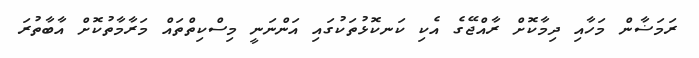
ރަމަޟާން މަހާއި ދިމާކޮށް ރާއްޖޭގެ އެކި ކަނކޮޅުތަކުގައި އަންނަނީ މިސްކިތްތައް މަރާމާތުކޮށް އާބާތުރަ